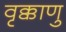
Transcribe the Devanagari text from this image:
वृक्काणु